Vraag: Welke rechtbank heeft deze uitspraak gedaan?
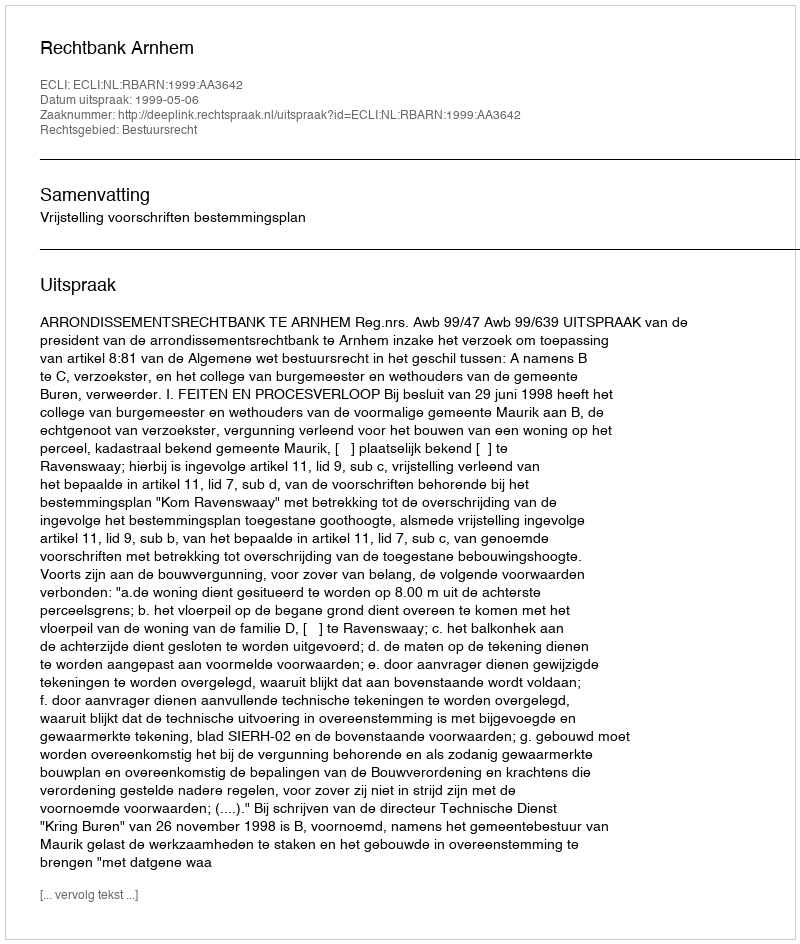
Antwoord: Rechtbank Arnhem